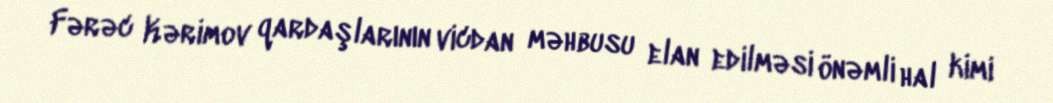
Fərəc Kərimov qardaşlarının vicdan məhbusu elan edilməsi önəmli hal kimi